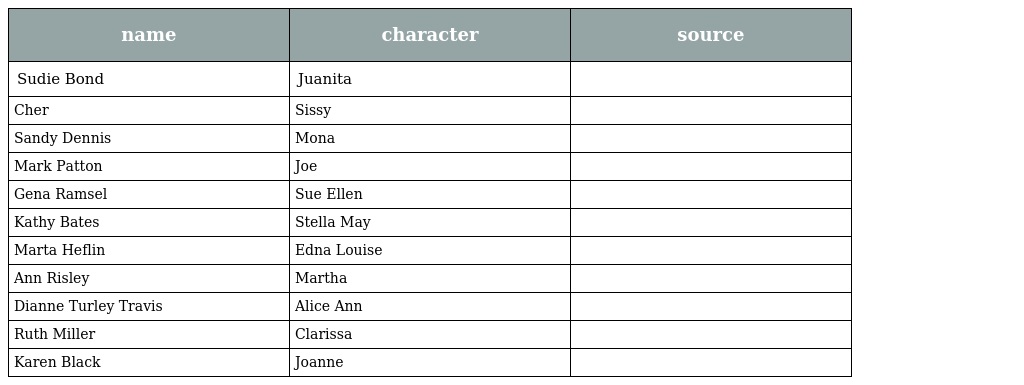
| name | character | source |
 | --- | --- | --- |
 | Sudie Bond | Juanita |  |
 | Cher | Sissy |  |
 | Sandy Dennis | Mona |  |
 | Mark Patton | Joe |  |
 | Gena Ramsel | Sue Ellen |  |
 | Kathy Bates | Stella May |  |
 | Marta Heflin | Edna Louise |  |
 | Ann Risley | Martha |  |
 | Dianne Turley Travis | Alice Ann |  |
 | Ruth Miller | Clarissa |  |
 | Karen Black | Joanne |  |